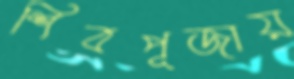
শিবপূজায়